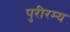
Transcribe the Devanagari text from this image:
पुरीरम्य